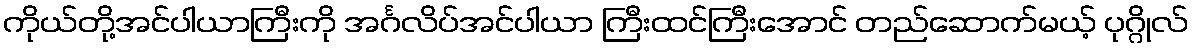
ကိုယ်တို့အင်ပါယာကြီးကို အင်္ဂလိပ်အင်ပါယာ ကြီးထင်ကြီးအောင် တည်ဆောက်မယ့် ပုဂ္ဂိုလ်